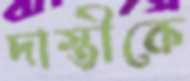
দাস্তীকে